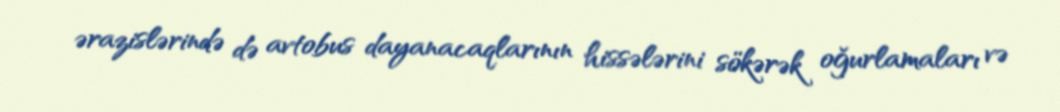
ərazislərində də avtobus dayanacaqlarının hissələrini sökərək oğurlamaları və